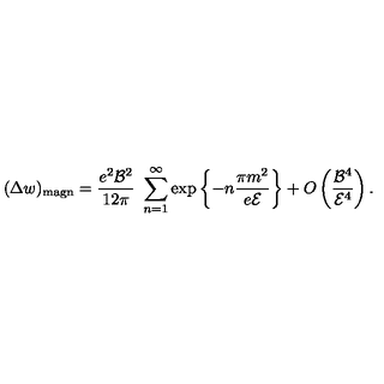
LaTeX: ( \Delta w ) _ { \mathrm { m a g n } } = \frac { e ^ { 2 } { \cal B } ^ { 2 } } { 1 2 \pi } \ \sum _ { n = 1 } ^ { \infty } \exp \left\{ - n \frac { \pi m ^ { 2 } } { e { \cal E } } \right\} + O \left( \frac { { \cal B } ^ { 4 } } { { \cal E } ^ { 4 } } \right) .